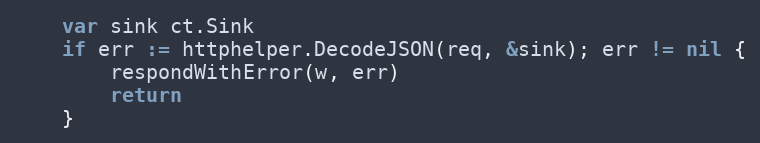
Language: Go
	var sink ct.Sink
	if err := httphelper.DecodeJSON(req, &sink); err != nil {
		respondWithError(w, err)
		return
	}